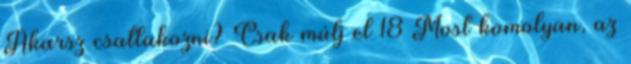
Akarsz csatlakozni? Csak múlj el 18 Most komolyan, az